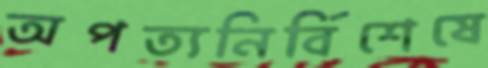
অপত্যনির্বিশেষে